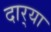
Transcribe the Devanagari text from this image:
दार्‍या